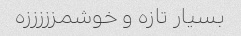
بسیار تازه و خوشمزززززه